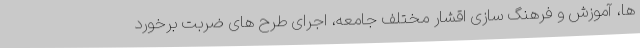
ها، آموزش و فرهنگ سازی اقشار مختلف جامعه، اجرای طرح های ضربت برخورد